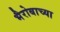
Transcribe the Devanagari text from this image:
भैरोबाच्या